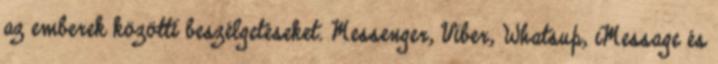
az emberek közötti beszélgetéseket. Messenger, Viber, Whatsup, iMessage és